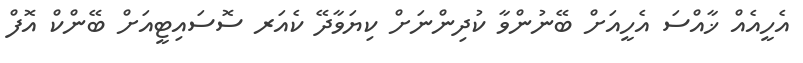
އެހީއެއް ޚާއްސަ އެހީއަށް ބޭނުންވާ ކުދިންނަށް ކިޔަވާދޭ ކެއަރ ސޮސައިޓީއަށް ބޭންކް އޮފް